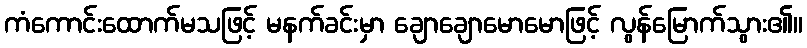
ကံကောင်းထောက်မသဖြင့် မနက်ခင်းမှာ ချောချောမောမောဖြင့် လွန်မြောက်သွား၏။